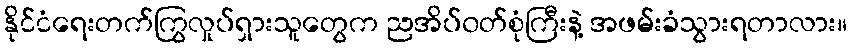
နိုင်ငံရေးတက်ကြွလှုပ်ရှားသူတွေက ညအိပ်၀တ်စုံကြီးနဲ့ အဖမ်းခံသွားရတာလား။